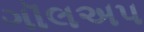
ગૉલઅપ